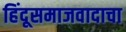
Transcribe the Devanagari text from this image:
हिंदूसमाजवादाचा